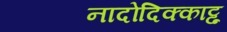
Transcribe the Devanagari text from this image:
नादोदिक्काट्टू